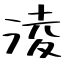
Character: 淩